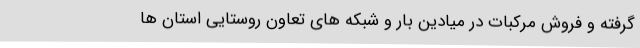
گرفته و فروش مرکبات در میادین بار و شبکه های تعاون روستایی استان ها